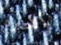
لأخبره